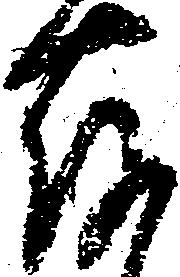
存